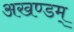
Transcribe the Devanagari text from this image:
अखण्डम्